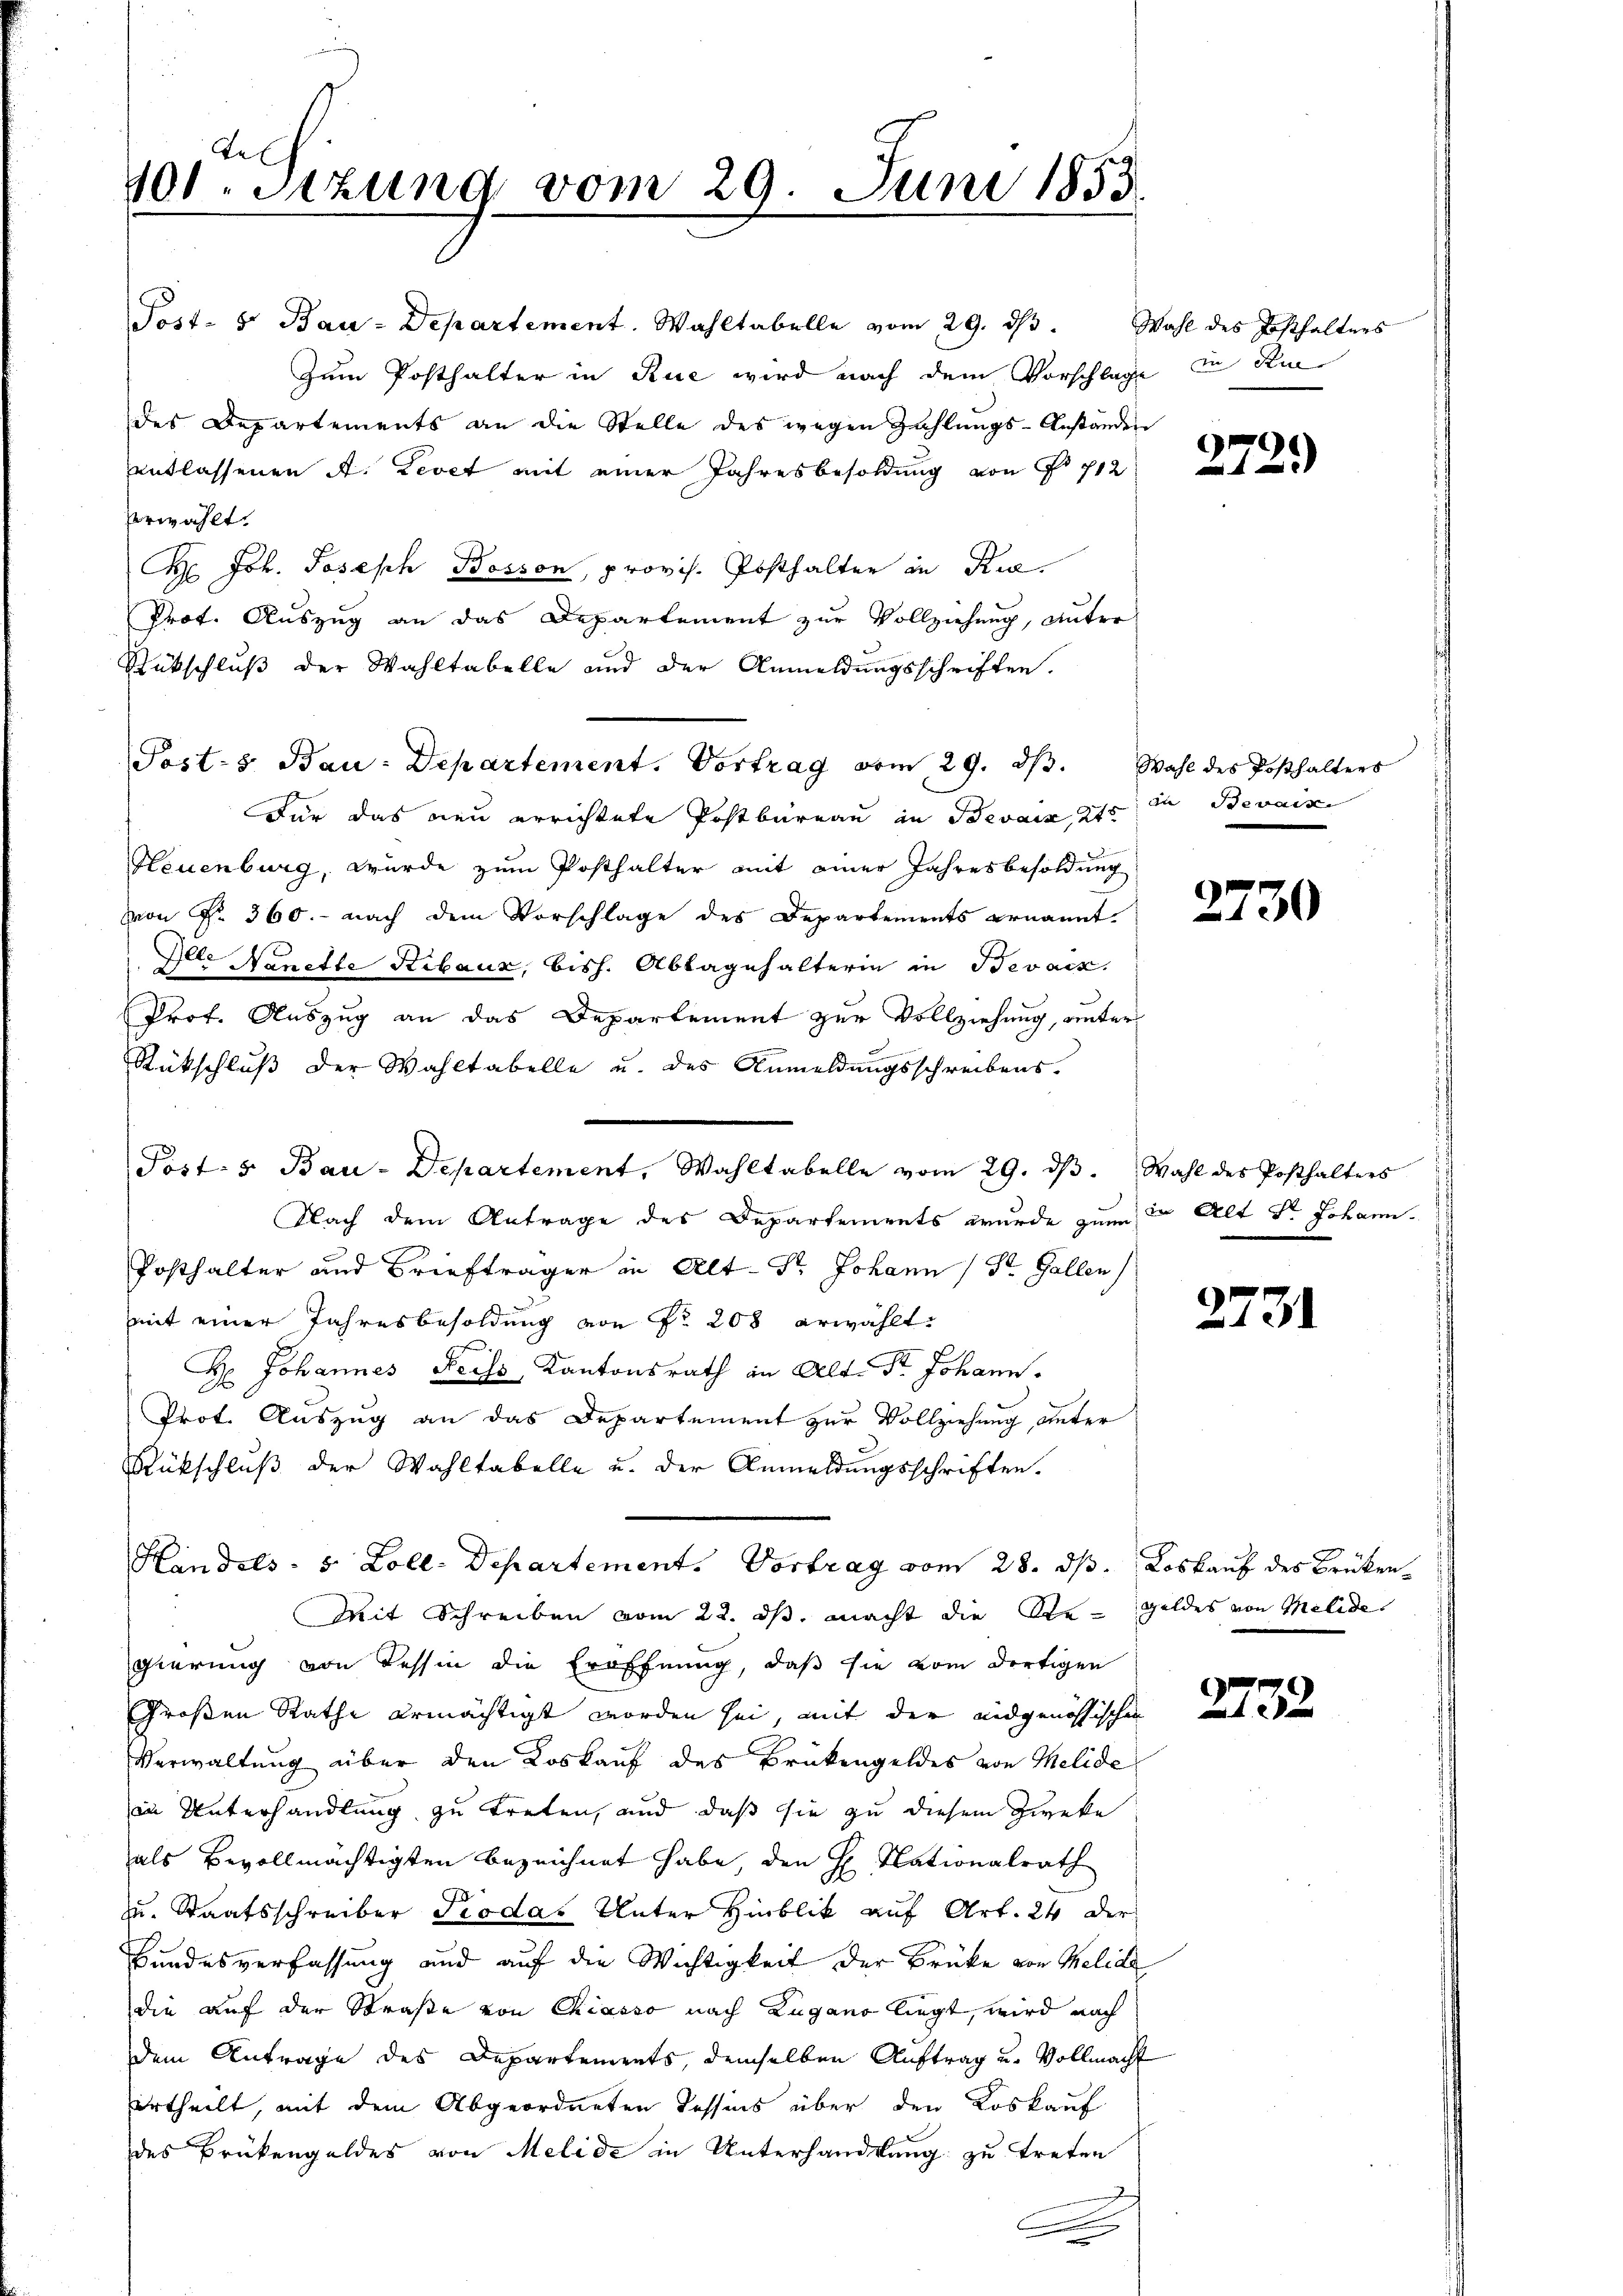
Tel
101. Setzung vom 29. Juni 1853.

Post- u. Bau-Departement. Wahltabelle vom 29. dβ. Wahl des Posthalters
Zum Posthalter in Rue wird nach dem Vorschlage in die
des Departements an die Stelle des wegen Zahlungs-Anstanden
entlassenen A. Zevet mit einer Jahresbesoldung von No 712
erwählt.
 Joh. Joseph Bosson, provis. Posthalter in Rue
Prof. Auszug an das Departement zur Vollziehung, unter
Rückschluß der Wahltabelle und der Anmeldungsschriften.
Für das neu errichtete Postbureau in Bevais als in Bevaise
Neuenburg, wurde zum Posthalter mit einer Jahresbesoldung
von Fr. 360. - nach dem Vorschlage des Departements ernannt.
Alle Nanette Stibauz, bish. Ablagehalterin in Bevacz.
Prof. Auszug an das Departement zur Vollziehung, unter
Rückschluß der Wahltabelle u. des Anmeldungsschreibens-
Nach dem Antrage des Departements wurde zum in Alt Sr. Johann
Posthalter und Briefträger in Alt-Str. Johann (Dr. Gallen
mit einer Jahresbesoldung von Nr. 208 erwählt:
H: Johannes Feiss, Kantonsrath in Alt- Dr. Johann
Prot. Auszug an das Departement zur Vollziehung, unter
Rückschluß der Wahltabelle u. der Anmeldungsschriften.
Handels- 5 Zoll-Departement. Vortrag vom 28. ds. Loskauf des Brüken¬
Mit Schreiben vom 22. ds. macht die Ste-Geldes von Melide
gierung von Tessin die Eröffnung, daß sie vom dortigen
Großen Rathe ermächtigt worden sei, mit der eidgenössischen
Verwaltung über den Loskauf des Brükengeldes von Melide
in Unterhandlung zu treten, und daß sie zu diesem Zweke
als Bevollmächtigten bezeichnet habe, den H. Nationalrath
zu. Staatsschreiber Piodas Unter Hinblik auf Art. 24 der
Bundesverfassung und auf die Wichtigkeit der Brücke von Melide
die auf der Straße von Chiasso nach Lugano liegt, wird nach
dem Antrage des Departements, demselben Auftrag u. Vollmacht
urtheilt, mit dem Abgeordneten Tessins über den Loskauf
des Brükengeldes von Melide in Unterhandlung zu treten
.

Posts Bau-Departement. Vortrag vom 29. dβ. Wahl des Posthalters

Post- u Bau-Departement, Wahltabelle vom 29. dβ. Wahl des Posthalters

272)

2730

2731

2132